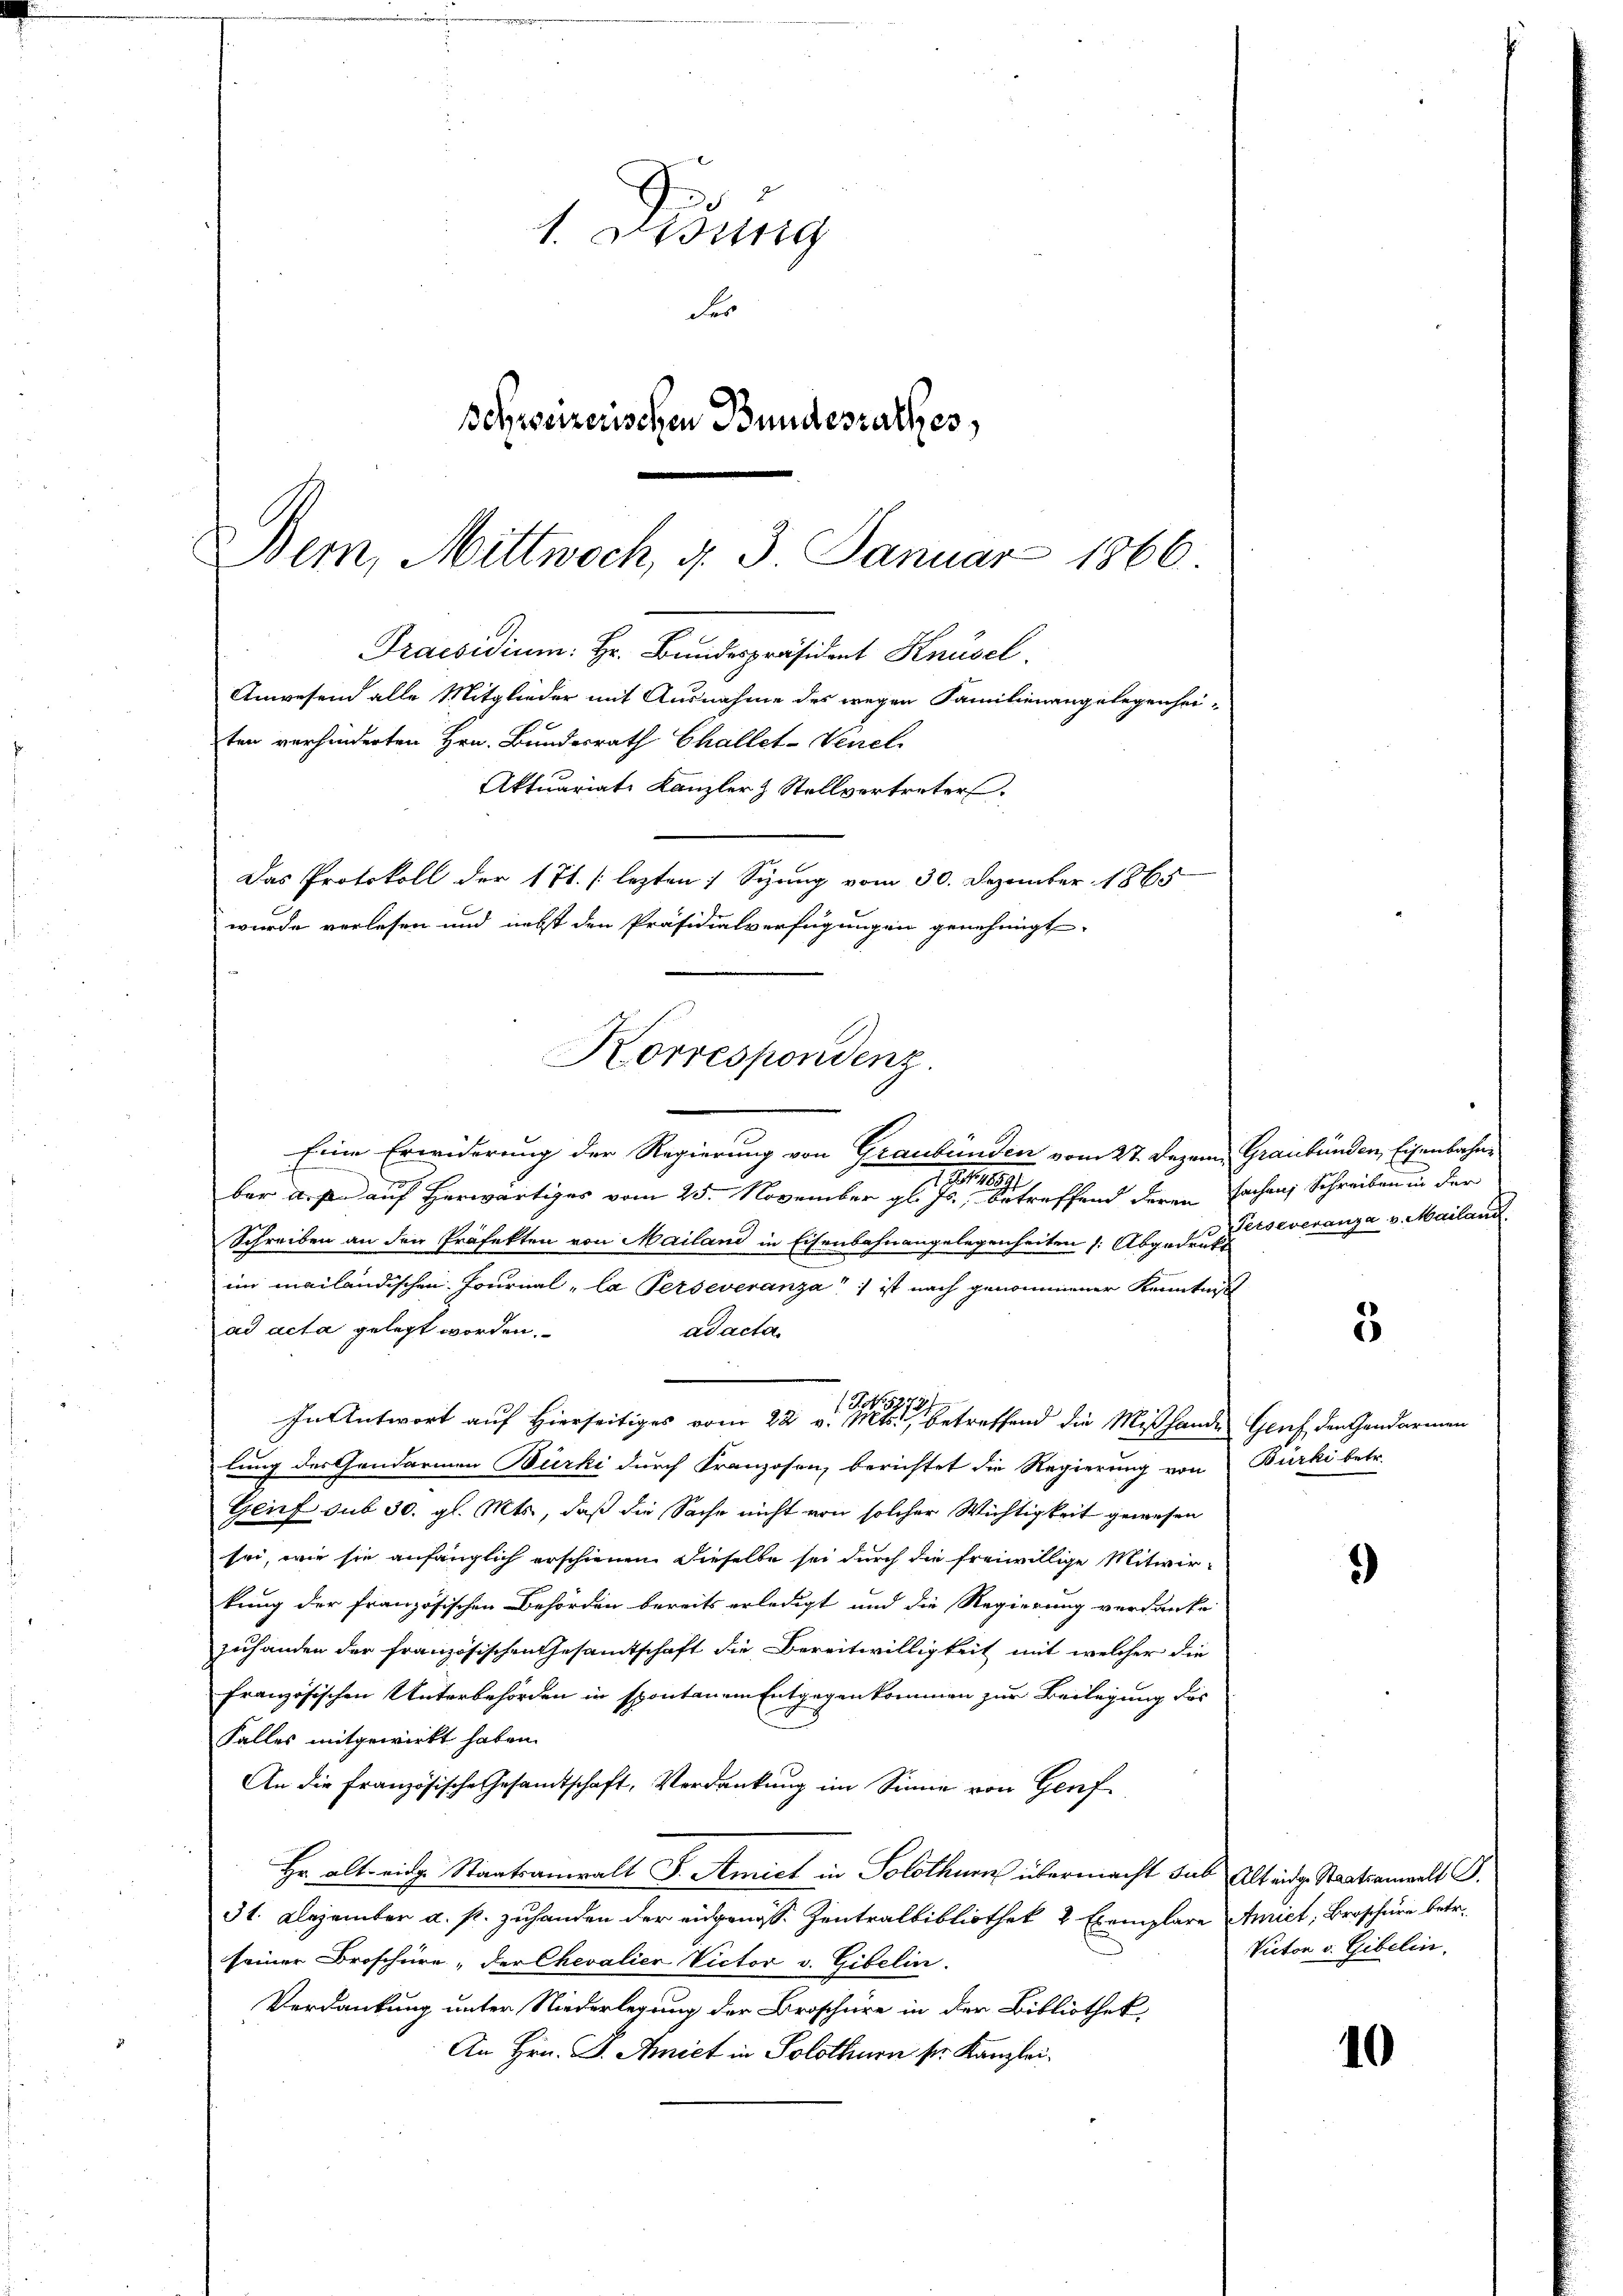
1. Dessing
der
serseizerischen Bundesrathes,
Dem, Mittwoch, d. 3. Januar 1866.

Praesidium: Hr. Bundespräsident Knüsel.
Anwesend alle Mitglieder mit Ausnahme des wegen Familienangelegenhei-
ten verhinderten Hrn. Bundesrath Challet-Veirel
Aktuariat Kanzler & Stellvertreter.
Das Protokoll der 171. lezten Sitzung vom 30. Dezember 1865
wurde verlesen und nebst den Präsidialverfügungen genehmigt.

Korrespondenz.

Eine Erwiderung der Regierung von Graubünden vom 27. Dezem Graubünden, Eisenbahn¬
1 189
ber aus auf Herwärtiges vom 25. November gl. Js., betreffend deren Sachen Schreiben in der
Schreiben an den Präfekten von Mailand in Eisenbahnangelegenheiten /: Abgeden veranza v. Mailand
im mailändischen Journal, la Perseveranza ist nach genommener Kenntniß
ad acta gelegt worden.
ad acta
lung des Gendarmen Bürki durch Franzosen, berichtet die Regierung von Burki betr.
Glief sub 30. gl. Mts., daß die Sache nicht von solcher Wichtigkeit gewesen
sei, wie sie anfänglich erschienen. Dieselbe sei durch die freiwillige Mitwir-
kung der französischen Behörden bereits erledigt und die Regierung verdanke
zuhanden der französischen Gesamtschaft die Bereitwilligkeit mit welcher die
französischen Unterbehörden in spontanen Entgegenkommen zur Beilegung des
Falles mitgewirkt haben.
An die französische Gesandtschaft, Verdankung im Sinne von Genf
Hr. alt ein Staatsanwalt F. Amict in Solothurn übermacht das Altädg. Staatsanwalt G.
31. Dezember a. p. zuhanden der eidgenosse Zentralbibliothek & Exemplare Anriet, Broschüre betr.
seiner Broschüre, der Chevalier Victor v. Gibelin.
Verdankung unter Niederlegung der Broschüre in der Bibliothek,
An Hrn. F. Anict in Solothurn sr. Kanzlei

G.No 525
In Antwort auf Hierseitiges vom 22 v. Mts. betreffend die Mißhande Gluch den Gendarmen

5

)

Victor v. Gibelin.

10